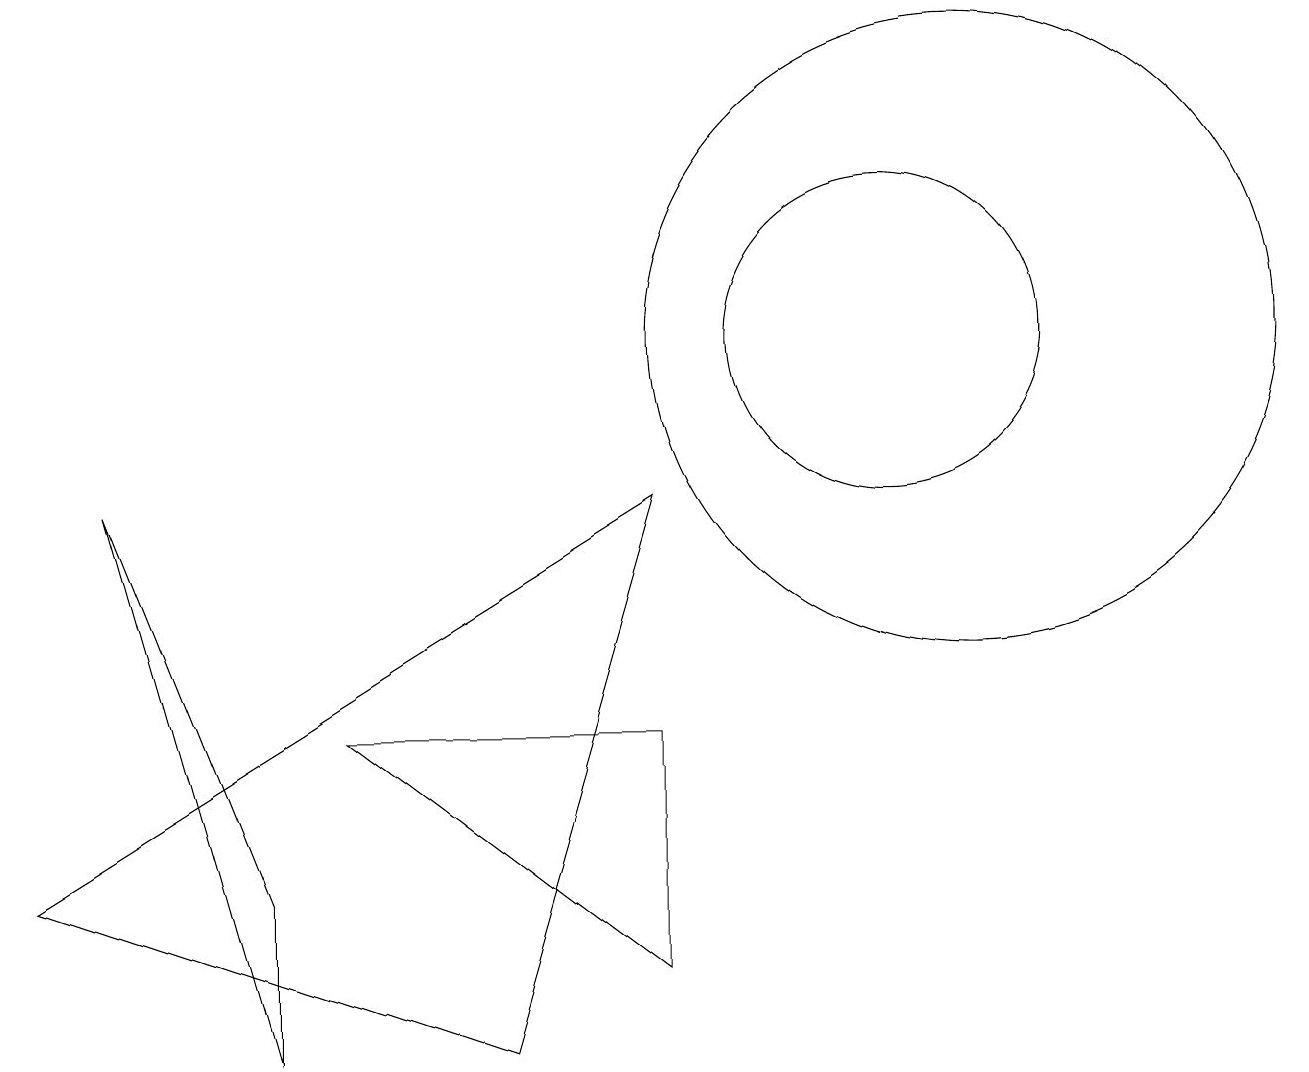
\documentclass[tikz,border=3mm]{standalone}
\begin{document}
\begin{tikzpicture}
\draw (8,9) -- (0,4) -- (6,2) -- cycle;
\draw (12,11) circle (4);
\draw (3,2) -- (1,9) -- (3,4) -- cycle;
\draw (11,11) circle (2);
\draw (8,3) -- (8,6) -- (4,6) -- cycle;
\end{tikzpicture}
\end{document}